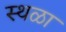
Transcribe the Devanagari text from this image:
स्थळा